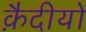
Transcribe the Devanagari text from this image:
क़ैदीयों